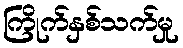
ကြိုက်နှစ်သက်မှု